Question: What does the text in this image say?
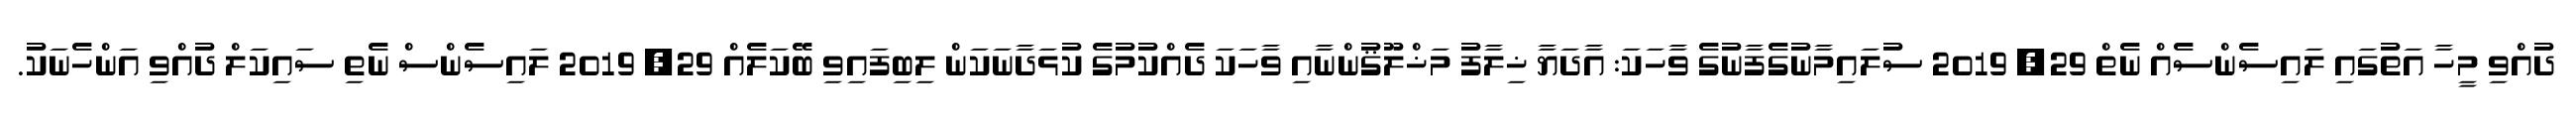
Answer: ދުއްވި މީހާ އަތުގައި ލައިސެންސެއް ނެތް 29, 2019 ސުލައިމާނުގެފާނުގެ ވާހަކަ: އާދަޔާ ޚިލާފު މަޚްލޫޤުންނާއި ވާހަކަ ދެއްކުމުގެ ކުޅަދާނަކަން ލިބިފައިވި ބޭކަލެއް 29, 2019 ލައިސެންސް ނެތި ސައިކަލް ދުއްވި އަންހެނަކު.